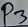
Text: P3